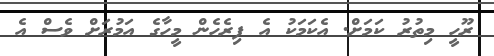
ރޫހީ މިތުރު ކަމަށް. އެކަމަކު އެ ފިރެހެން މީހާގެ އަމުރަށް ވެސް އެ